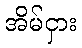
အိမ်ငှား